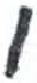
אות: ו